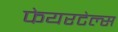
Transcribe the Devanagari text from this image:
फेयरटेल्स